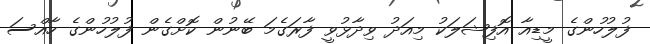
ފުލުހުންގެ މީޑިއާ އޮފިޝަލަކު މިއަދު ވިދާޅުވީ ފާރަގެމަ ބޭނުން ކޮށްގެން ފުލުހުންގެ ހާއްސަ